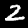
Digit: 2